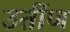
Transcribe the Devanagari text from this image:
उर्तीण